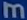
m